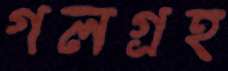
গলগ্রহ